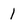
Character: 1